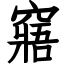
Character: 窹